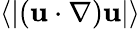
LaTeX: \left\langle\lvert({\mathbf u}\cdot\nabla){\mathbf u}\rvert\right\rangle